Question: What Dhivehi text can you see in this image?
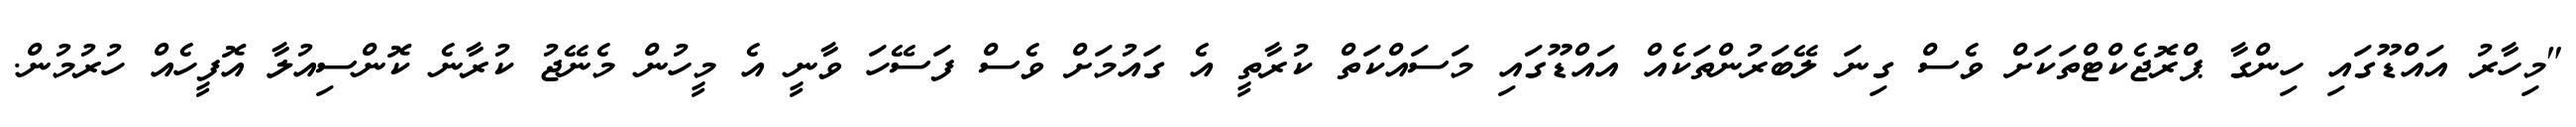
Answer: "މިހާރު އައްޑޫގައި ހިންގާ ޕްރޮޖެކްޓްތަކަށް ވެސް ގިނަ ލޭބަރުންތަކެއް އައްޑޫގައި މަސައްކަތް ކުރާތީ އެ ގައުމަށް ވެސް ފަސޭހަ ވާނީ އެ މީހުން މެނޭޖު ކުރާނެ ކޮންސިއުލާ އޮފީހެއް ހުރުމުން.